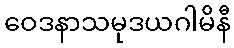
ဝေဒနာသမုဒယဂါမိနီ